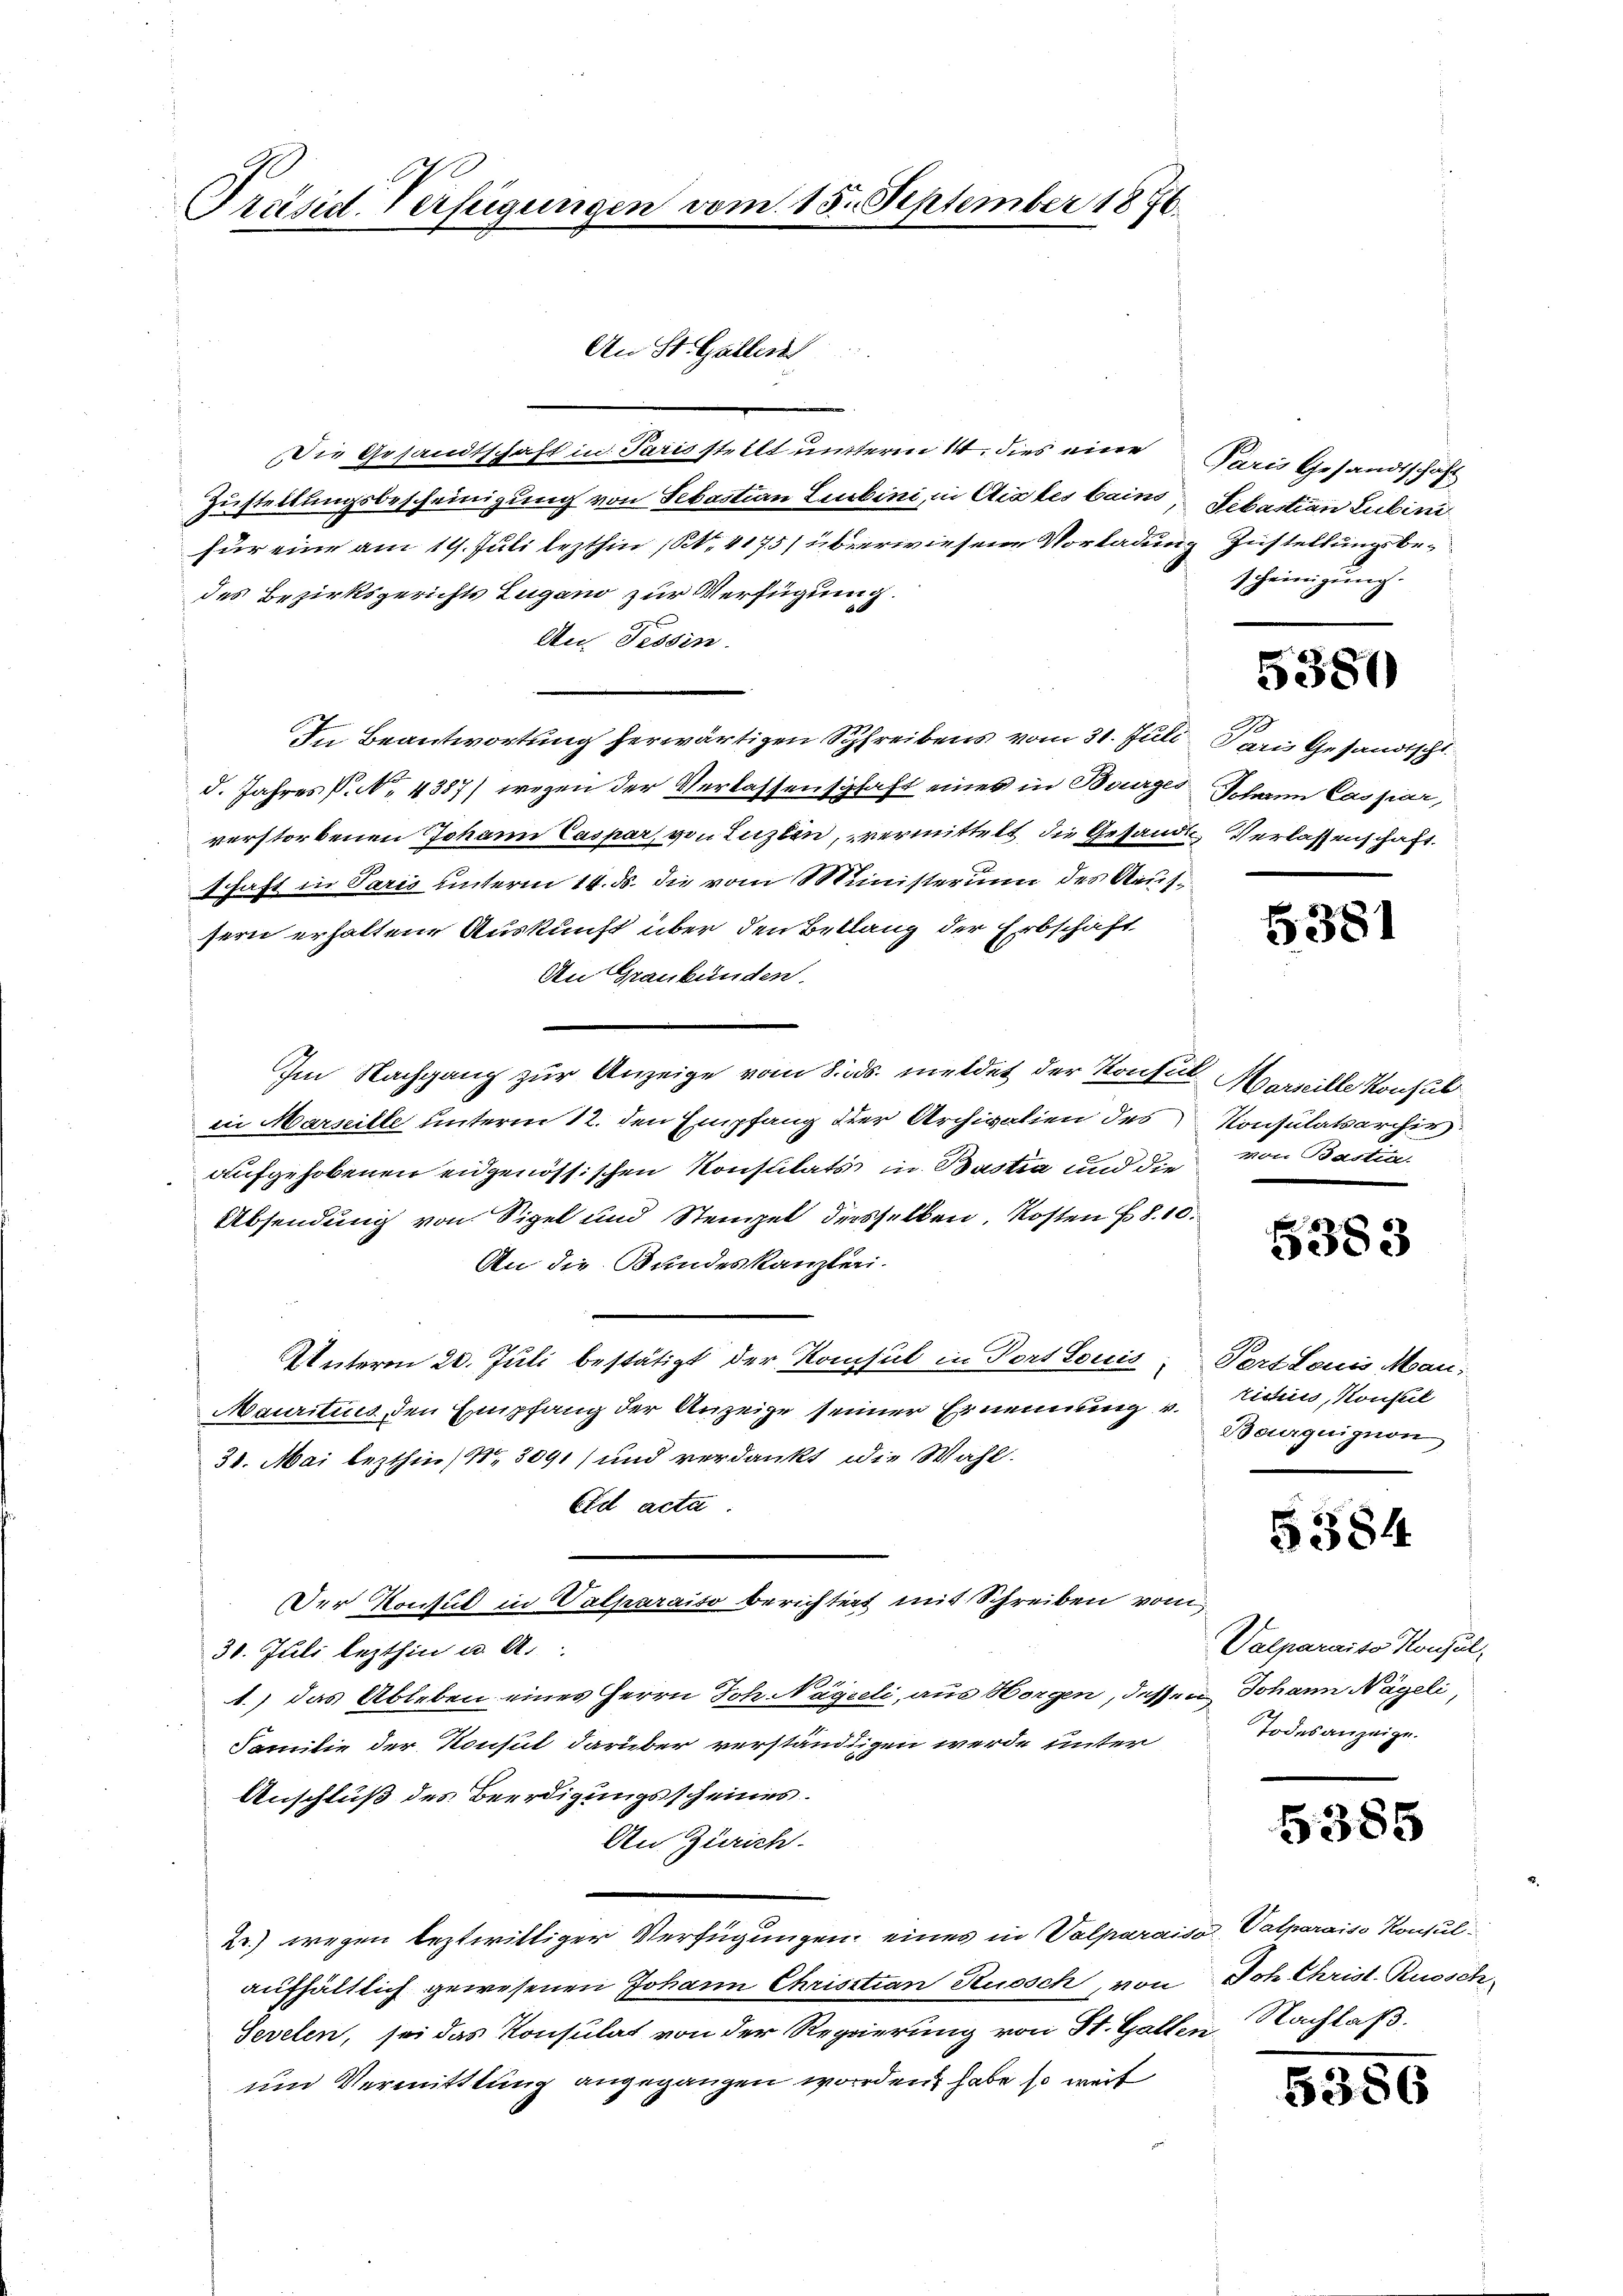
Präsid. Verfügungen vom 15. September 1876.

An St. Gallen
Die Gesandtschaft in Paris stellt unterm 14. dies eine Paris Gesandtschaf
Zustellungsbescheinigung von Sebastian Leubini, in Aigles bains, Sebastian Lubini
für eine am 19. Juli lezthin (S. 4175) überwiesene Vorladung Zustellungsbe-
des Bezirksgerichts Zugano zur Verfügung.
An Tessin
In Beantwortung herwärtigen Schreibens vom 31. Juli
d. Jahres P. No. 4387) wegen der Verlassenschaft eines in Bourges Johann Cassiar,
verstorbenen Johann Caspar, von Luzlin, vermittelt die Gesandte Verlassenschaft.
schaft in Paris unterm 14. ds. die vom Ministerium des Aaufsern erhaltene Auskunft über den Beklang der Erbschäft
An Graubünden.
Im Nachgang zur Anzeige vom 8. ds. meldet der Konsul Marseille Konsul
in Marseille unterm 12. den Empfang der Archivalien des Konsulatsarchiv.
aufgehobenen eidgenössischen Konsulats in Bastia und die von Bastia
Absendung von Sigel und Steigel derselben, Kosten §. 10.
An die Bundeskanzlei-
Unterm 20. Juli bestätigt der Konsul in Port Louis, Pert Louis Man¬
Mauritius, den Empfang der Anzeige seiner Ernennung v.
31. Mai lezthin Nr. 3091) und verdankt die Wahl.
Eid acta.
Der Konsul in Valparaiso berichtert mit Schreiben vom
30. Juli lezthin u. A.
1.) das Ableben eines Herrn Joh. Nägeli, aus Horgen, dessen Johann Nägeli,
Familie der Konsul darüber verständigen werde unter
Anschluß des Beerdigungsscheines.
An Zürich.
2r.) wegen leztwilliger Verfügungen, eines in Valparaisa Valparaiso Konsul-
aufhältlich gewesenen Johann Christian Ruosch, von
Sevelen, sei das Konsulat von der Regierung von St. Gallen Nachlaß.
und Vermittlung angegangen worden habe so weit

scheinigung.

5380

o
Paris Gesandtschl

5381

5383

riciis, Konseil
Bourquignon

5384

Valparaits Konsul,
Todesanzeige.

6385

Joh. Christ. Ruosch

5556